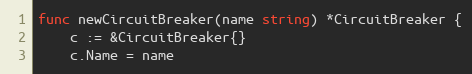
Language: Go
func newCircuitBreaker(name string) *CircuitBreaker {
	c := &CircuitBreaker{}
	c.Name = name